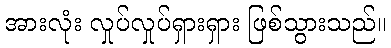
အားလုံး လှုပ်လှုပ်ရှားရှား ဖြစ်သွားသည်။